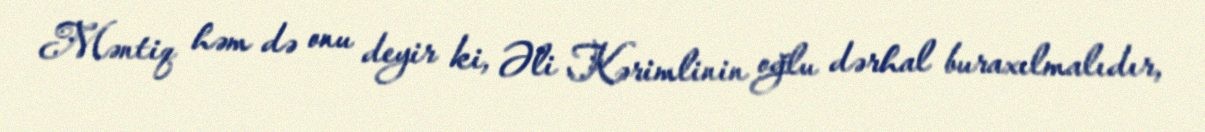
Məntiq həm də onu deyir ki, Əli Kərimlinin oğlu dərhal buraxılmalıdır,